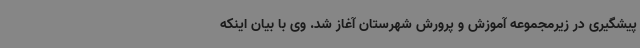
پیشگیری در زیرمجموعه آموزش و پرورش شهرستان آغاز شد. وی با بیان اینکه